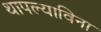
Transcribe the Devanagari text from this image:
थापल्याविना